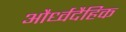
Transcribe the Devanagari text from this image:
और्ध्वदैहिक